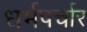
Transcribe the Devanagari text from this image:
धर्मपर्चार